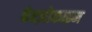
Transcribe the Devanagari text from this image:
बेन्ज़ोकाइन